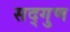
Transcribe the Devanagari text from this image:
सद्‌गुण